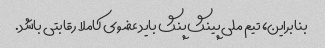
بنابراین، تیم ملی پینگ پنگ باید عضوی کاملا رقابتی باشد.